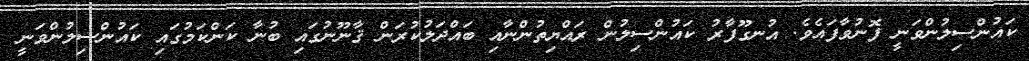
ކައުންސިލުންވަނީ ފޮނުވާފައެވެ. އުނގޫފާރު ކައުންސިލުން ރައްޔިތުންނާއި ބައްދަލުކުރަން ޤާނޫނުގައި ބުނާ ކަންކަމުގައި ކައުންސިލުންވަނީ